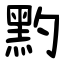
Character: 䵠